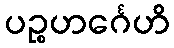
ပဉ္စဟင်္ဂေဟိ